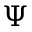
\Psi